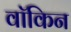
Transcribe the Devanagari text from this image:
वॉकिन